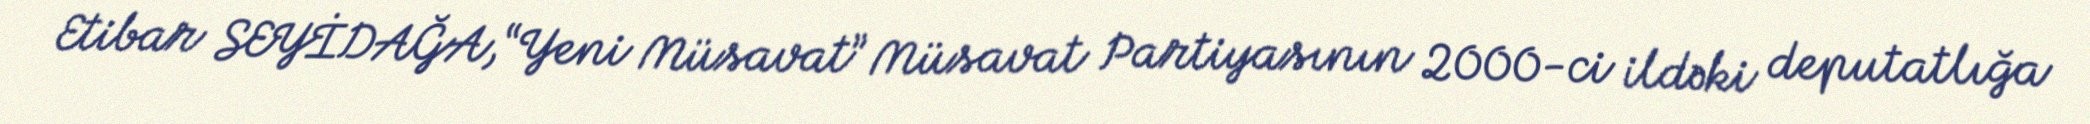
Etibar SEYİDAĞA,“Yeni Müsavat” Müsavat Partiyasının 2000-ci ildəki deputatlığa